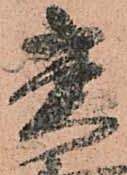
菅